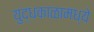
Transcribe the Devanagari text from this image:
युद्धकाळामध्ये